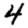
Digit: 4